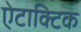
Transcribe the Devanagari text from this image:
ऐटाक्टिक